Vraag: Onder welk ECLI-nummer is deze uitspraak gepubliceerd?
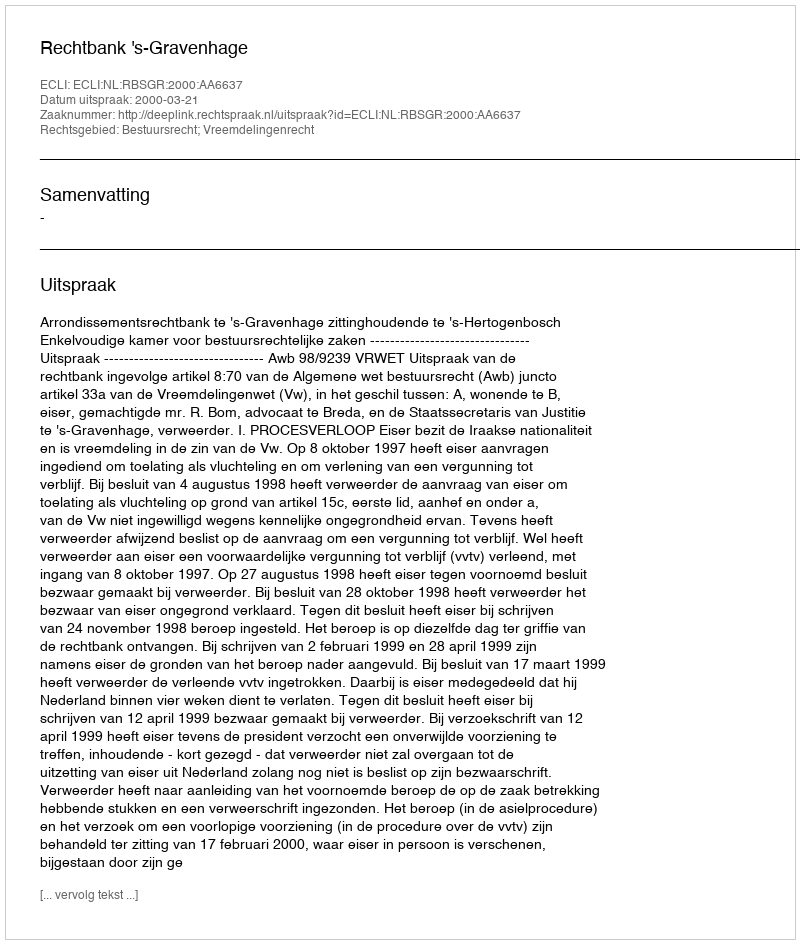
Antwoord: ECLI:NL:RBSGR:2000:AA6637